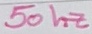
Text: 50 hz